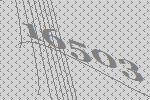
16503